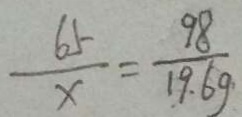
\frac { 6 5 } { x } = \frac { 9 8 } { 1 9 . 6 9 }